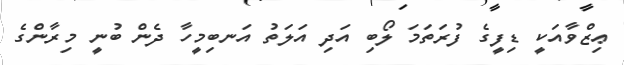
ޢިޒްވާއަކީ ޑިފީގެ ފުރަތަމަ ލޯބި އަދި އަލަތު އަނބިމީހާ ދެން ބުނީ މިރާންގެ